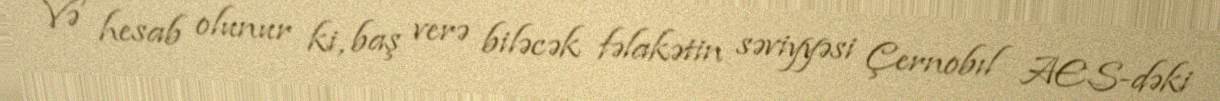
Və hesab olunur ki, baş verə biləcək fəlakətin səviyyəsi Çernobıl AES-dəki